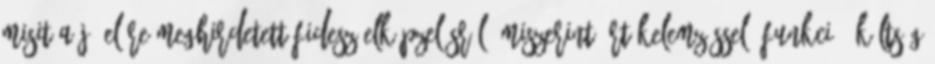
Misit a jó előre meg­hir­detett Fidesz-elképzelésről, miszerint értékelemzéssel, funkció ­költ­ség